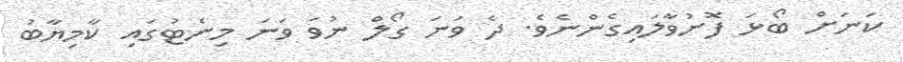
ކަނަށް ބޯޅަ ފޮނުވާލައިގެންނެވެ. ދެ ވަނަ ގޯލް ނުވަ ވަނަ މިނެޓުގައި ކާމިޔާބު